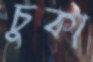
চুকা